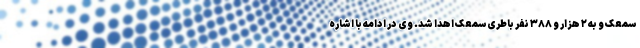
سمعک و به ۲ هزار و ۳۸۸ نفر باطری سمعک اهدا شد. وی در ادامه با اشاره